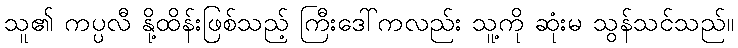
သူ၏ ကပ္ပလီ နို့ထိန်းဖြစ်သည့် ကြီးဒေါ်ကလည်း သူ့ကို ဆုံးမ သွန်သင်သည်။